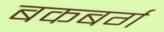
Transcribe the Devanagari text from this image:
बकबर्ग